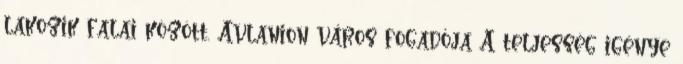
lakozik falai között. Avlanion város fogadója A teljesség igénye